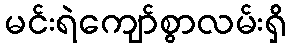
မင်းရဲကျော်စွာလမ်းရှိ